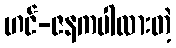
ဟင်-ဇနကပါလားတဲ့